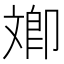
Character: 𣁚